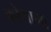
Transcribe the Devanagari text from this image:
कोयामा